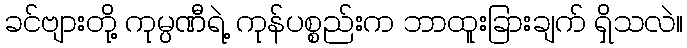
ခင်ဗျားတို့ ကုမ္ပဏီရဲ့ ကုန်ပစ္စည်းက ဘာထူးခြားချက် ရှိသလဲ။